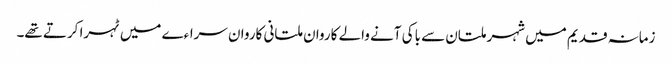
زمانہ قدیم میں شہر ملتان سے باکی آنے والے کاروان ملتانی کاروان سراءے میں ٹہرا کرتے تھے۔